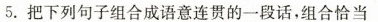
5.把下列句子组合成语意连贯的一段话，组合恰当